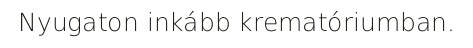
Nyugaton inkább krematóriumban.